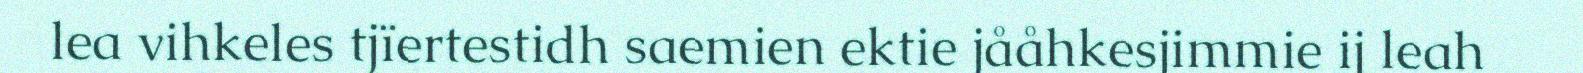
lea vihkeles tjïertestidh saemien ektie jååhkesjimmie ij leah